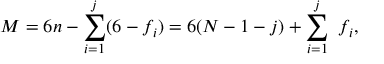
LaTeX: M = 6 n - \sum _ { i = 1 } ^ { j } ( 6 - f _ { i } ) = 6 ( N - 1 - j ) + \sum _ { i = 1 } ^ { j } \ f _ { i } ,